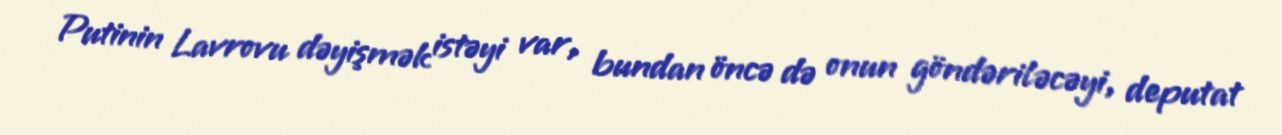
Putinin Lavrovu dəyişmək istəyi var, bundan öncə də onun göndəriləcəyi, deputat